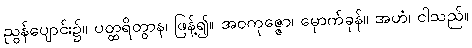
ညွန်ပျောင်း၌။ ပတ္ထရိတွာန၊ ဖြန့်၍။ အဝကုဇ္ဇော၊ မှောက်ခုန်။ အဟံ၊ ငါသည်။